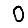
Digit: 0